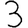
Digit: 3